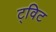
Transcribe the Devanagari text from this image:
ट्‌विट